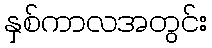
နှစ်ကာလအတွင်း